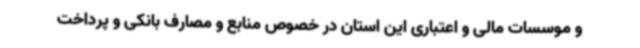
و موسسات مالی و اعتباری این استان در خصوص منابع و مصارف بانکی و پرداخت